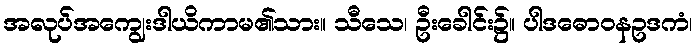
အလုပ်အကျွေးဒါယိကာမ၏သား။ သီသေ၊ ဦးခေါင်း၌။ ပါဒဓောဝနဥဒကံ၊